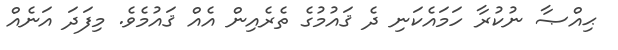
ޙިއްޞާ ނުކުރާ ހަމައެކަނި ދެ ޤައުމުގެ ތެރެއިން އެއް ޤައުމެވެ. މިފަދަ އަނެއް